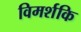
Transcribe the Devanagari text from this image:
विमर्शकि